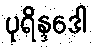
ပုရိန္ဒဒေါ